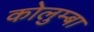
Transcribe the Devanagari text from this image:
कोलुम्बा